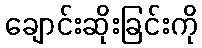
ချောင်းဆိုးခြင်းကို